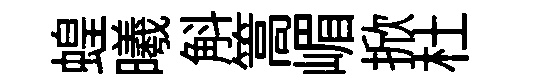
蝗曦斛篙嵋掀杜